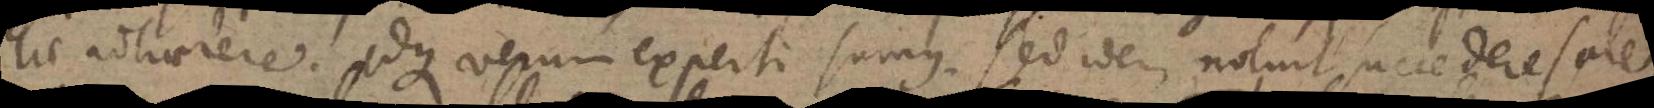
lae adhaerere. Idque verum experti sumus. Sed idem noluit succedere sale